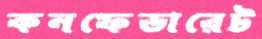
কনফেডারেট